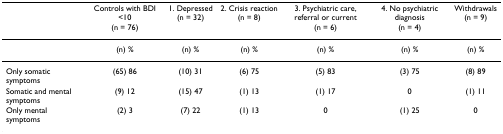
|  | Controls with BDI <10(n = 76) | 1. Depressed(n = 32) | 2. Crisis reaction(n = 8) | 3. Psychiatric care, referral or current(n = 6) | 4. No psychiatric diagnosis(n = 4) | Withdrawals(n = 9) |
 | --- | --- | --- | --- | --- | --- | --- |
 |  | (n) % | (n) % | (n) % | (n) % | (n) % | (n) % |
 | Only somatic symptoms | (65) 86 | (10) 31 | (6) 75 | (5) 83 | (3) 75 | (8) 89 |
 | Somatic and mental symptoms | (9) 12 | (15) 47 | (1) 13 | (1) 17 | 0 | (1) 11 |
 | Only mental symptoms | (2) 3 | (7) 22 | (1) 13 | 0 | (1) 25 | 0 |